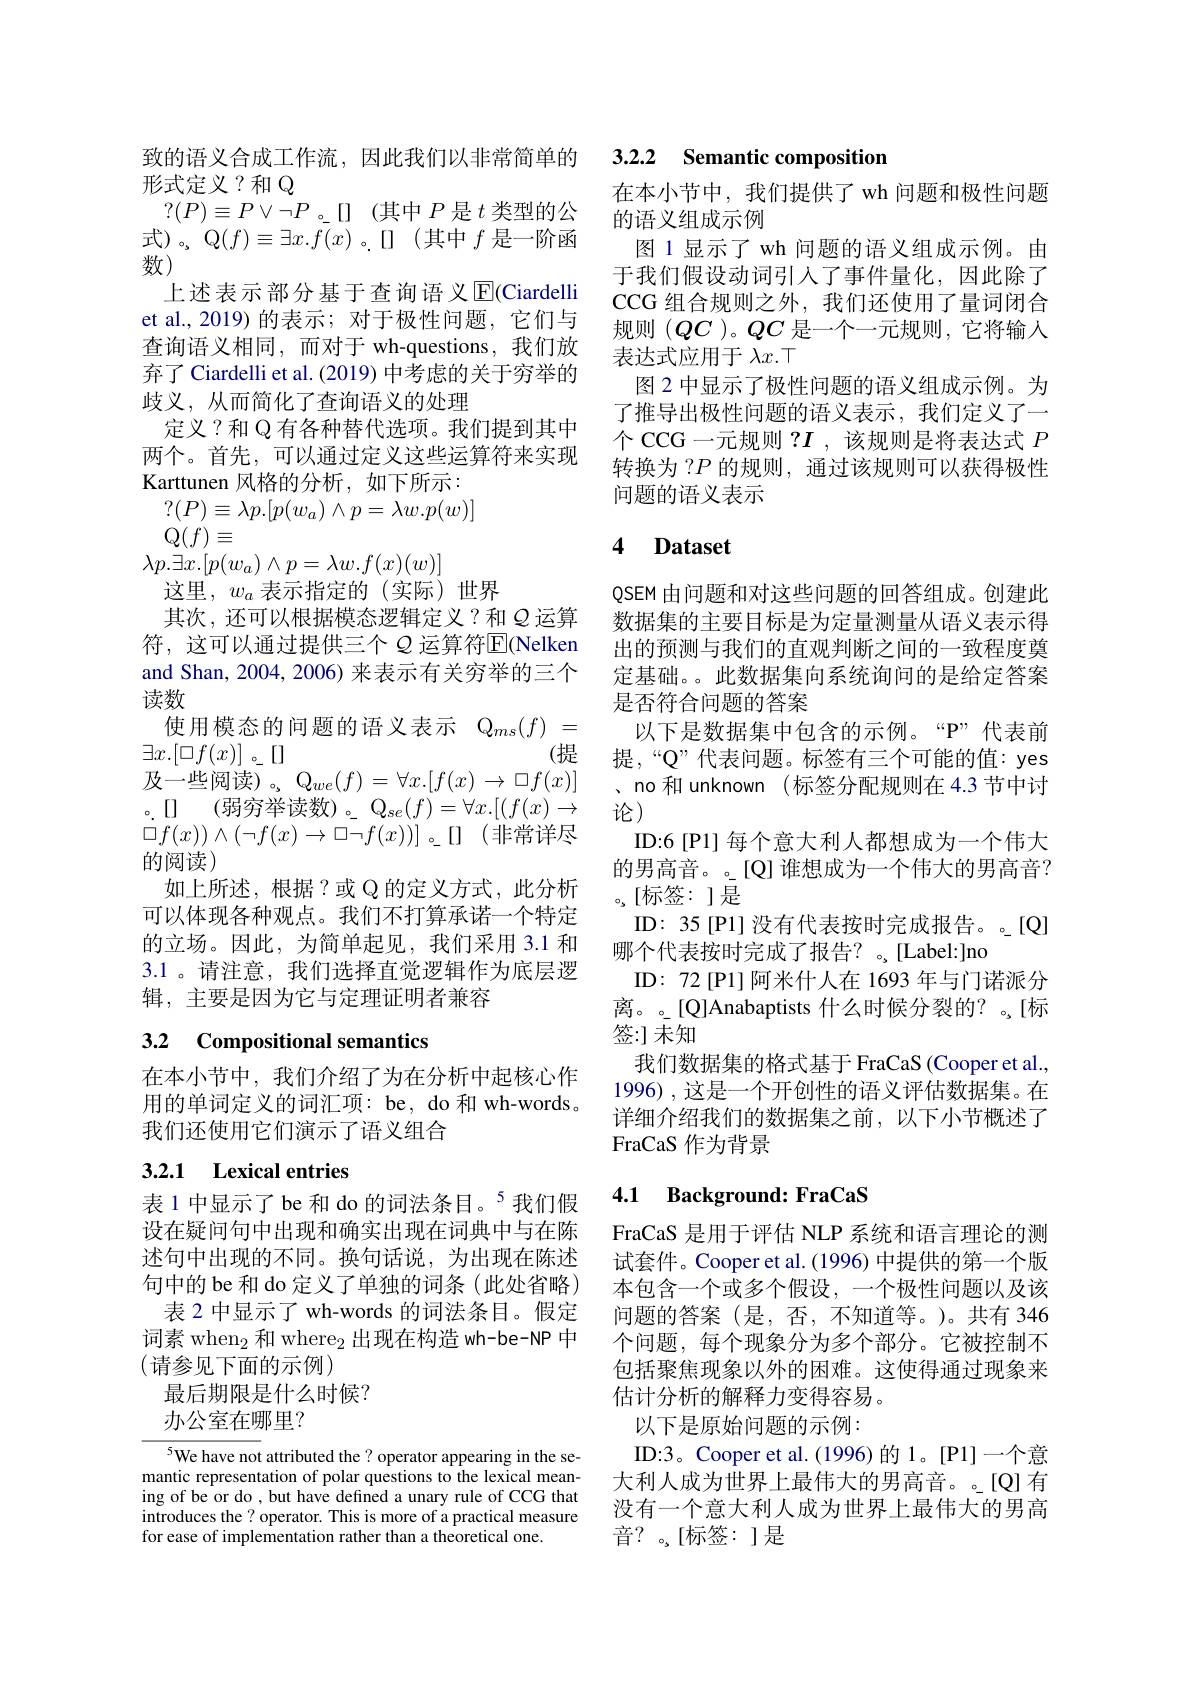
致的语义合成工作流，因此我们以非常简单的
形式定义？和 Q
$?(P)\equiv P\lor\lnot P$。[](其中$P$是$t$类型的公式)。Q$(f)\equiv\exists x.\bar{f(x)}$。[](其中$f$ 是一阶函数)
上述表示部分基于查询语义$\operatorname{E}($Ciardelli et al., 2019) 的表示；对于极性问题，它们与查询语义相同，而对于 wh-questions,我们放弃了 Ciardelli et al. (2019) 中考虑的关于穷举的歧义，从而简化了查询语义的处理
定义？和 Q 有各种替代选项。我们提到其中两个。首先，可以通过定义这些运算符来实现Karttunen 风格的分析，如下所示：
$?(P)\equiv\lambda p.[p(w_a)\wedge p=\lambda w.p(w)]$
$\mathbb{Q}(f)\equiv$
$\lambda p.\exists x.[p(w_a)\wedge p=\lambda w.f(x)(w)]$
这里，$w_a$表示指定的(实际)世界
其次，还可以根据模态逻辑定义？和$Q$ 运算符，这可以通过提供三个 $\varrho$ 运算符$\overline{\mathrm{E}}$(Nelken and Shan, 2004, 2006) 来表示有关穷举的三个读数
使用模态的问题的语义表示$\mathbb{Q}_{ms}(f)=$
(提
$\exists x. [ \square f( x) ]$ 。[]
及一些阅读)。$\mathrm Q_{we}(f)=\forall x.[f(x)\to\Box f(x)]$ 。[] (弱穷举读数)。$\mathrm{Q}_se(f)=\forall x.[(f(x)\to$ $\square f(x))\land(\lnot f(x)\rightarrow\square\lnot f(x))]$。[0 (非常详尽的阅读)
如上所述，根据？或 Q 的定义方式，此分析可以体现各种观点。我们不打算承诺一个特定的立场。因此，为简单起见，我们采用 3.1 和3.1 。请注意，我们选择直觉逻辑作为底层逻辑，主要是因为它与定理证明者兼容
3.2 Compositional semantics

在本小节中，我们介绍了为在分析中起核心作用的单词定义的词汇项：be, do 和 wh-words。我们还使用它们演示了语义组合

## 3.2.1 Lexical entries

表1中显示了 be 和 do 的词法条目。$^{5}$我们假设在疑问句中出现和确实出现在词典中与在陈述句中出现的不同。换句话说，为出现在陈述句中的 be 和 do 定义了单独的词条(此处省略) 表 2 中显示了 wh-words 的词法条目。假定
词素 when$_2$和 where$_2$出现在构造 wh-be-NP 中
(请参见下面的示例)
最后期限是什么时候？
办公室在哪里？

${^{5}\text{We have not }}$ attributed the? operator appearing in the semantic representation of polar questions to the lexical meaning of be or do , but have defined a unary rule of CCG that introduces the ? operator. This is more of a practical measure for ease of implementation rather than a theoretical one.

## 3.2.2 Semantic composition

在本小节中，我们提供了wh 问题和极性问题
的语义组成示例
图 1 显示了 wh 问题的语义组成示例。由于我们假设动词引入了事件量化，因此除了CCG 组合规则之外，我们还使用了量词闭合规则$(QC$ )。$QC$是一个一元规则，它将输入表达式应用于$\lambda x.\top$
图 2 中显示了极性问题的语义组成示例。为了推导出极性问题的语义表示，我们定义了一个 CCG 一元规则$?\boldsymbol{I}$ ,该规则是将表达式$P$ 转换为 ?$P$的规则，通过该规则可以获得极性问题的语义表示

# 4 Dataset

QSEM 由问题和对这些问题的回答组成。创建此数据集的主要目标是为定量测量从语义表示得出的预测与我们的直观判断之间的一致程度奠定基础。。此数据集向系统询问的是给定答案是否符合问题的答案
以下是数据集中包含的示例。“P”代表前提，“Q”代表问题。标签有三个可能的值：yes 、no 和 unknown (标签分配规则在 4.3 节中讨论)
ID:6[P1] 每个意大利人都想成为一个伟大的男高音。。[Q] 谁想成为一个伟大的男高音？ 。,[标签：]是
ID: 35[P1] 没有代表按时完成报告。。[Q]
哪个代表按时完成了报告？。,[Label:]no
ID: 72[P1]阿米什人在 1693 年与门诺派分离。。[Q]Anabaptists 什么时候分裂的？。[标签：]未知
我们数据集的格式基于 FraCaS (Cooper et al., 1996) , 这是一个开创性的语义评估数据集。在详细介绍我们的数据集之前，以下小节概述了FraCaS 作为背景

### 4.1 Background: FraCaS

FraCaS 是用于评估 NLP 系统和语言理论的测试套件。Cooper et al. (1996) 中提供的第一个版本包含一个或多个假设，一个极性问题以及该问题的答案(是，否，不知道等。)。共有 346个问题，每个现象分为多个部分。它被控制不包括聚焦现象以外的困难。这使得通过现象来估计分析的解释力变得容易。
以下是原始问题的示例：
ID:3。Cooper et al. (1996) 的 1。[P1]一个意大利人成为世界上最伟大的男高音。。[Q] 有没有一个意大利人成为世界上最伟大的男高音？。,[标签：]是